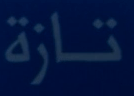
تازة